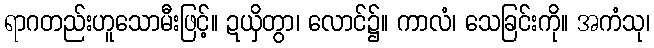
ရာဂတည်းဟူသောမီးဖြင့်။ ဍယှိတွာ၊ လောင်၌။ ကာလံ၊ သေခြင်းကို။ အကံသု၊